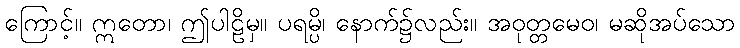
ကြောင့်။ ဣတော၊ ဤပါဠိမှ။ ပရမ္ပိ၊ နောက်၌လည်း။ အဝုတ္တမေဝ၊ မဆိုအပ်သော